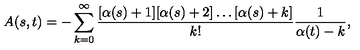
A ( s , t ) = - \sum _ { k = 0 } ^ { \infty } \frac { [ \alpha ( s ) + 1 ] [ \alpha ( s ) + 2 ] \ldots [ \alpha ( s ) + k ] } { k ! } \frac { 1 } { \alpha ( t ) - k } ,